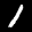
Label: 1